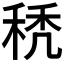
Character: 𥟉